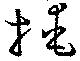
掩